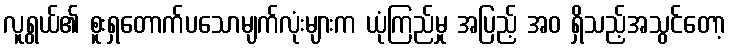
လူရွယ်၏ စူးရှတောက်ပသောမျက်လုံးများက ယုံကြည်မှု အပြည့် အဝ ရှိသည့်အသွင်တော့